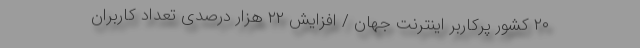
۲۰ کشور پرکاربر اینترنت جهان / افزایش ۲۲ هزار درصدی تعداد کاربران